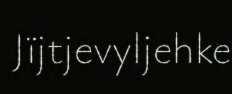
Jïjtjevyljehke